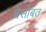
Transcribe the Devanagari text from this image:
बेसोबत